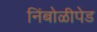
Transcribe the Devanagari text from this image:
निंबोळीपेड